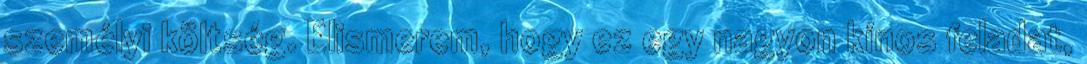
személyi költség. Elismerem, hogy ez egy nagyon kínos feladat,